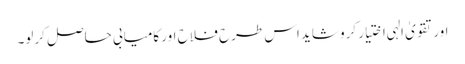
اور تقویٰ الہی اختیار کرو شاید اس طرح فلاح اور کامیابی حاصل کرلو۔